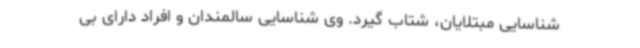
شناسایی مبتلایان، شتاب گیرد. وی شناسایی سالمندان و افراد دارای بی